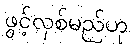
ဖွင့်လှစ်မည်ဟု